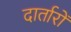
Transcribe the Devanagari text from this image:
दार्तारों